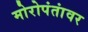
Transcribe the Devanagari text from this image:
मोरोपंतांवर